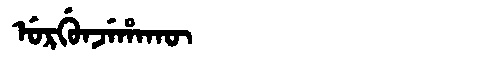
Manchu: ᡠᡵᡤᡠᠨᠵᡝᡥᠠᡴᡡ
Romanization: URGUNJEHAKŪ